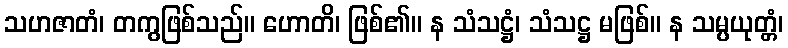
သဟဇာတံ၊ တကွဖြစ်သည်။ ဟောတိ၊ ဖြစ်၏။ န သံသဋ္ဌံ၊ သံသဋ္ဌ မဖြစ်။ န သမ္ပယုတ္တံ၊